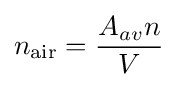
n_{\text{air}}={\frac {A_{av}n}{V}}